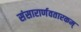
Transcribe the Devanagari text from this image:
संसारार्णवतारकम्